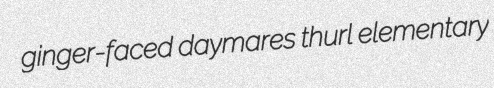
ginger-faced daymares thurl elementary